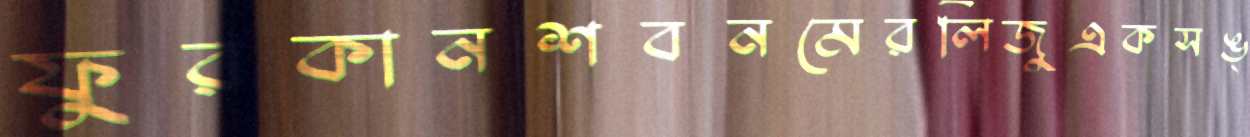
ফুরকানশবনমেরলিজুএকসঙ্